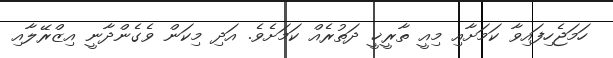
ހަމަޖެހިފައިވާ ކަމަށާއި މިއީ ތާރީޚީ ދަތުރެއް ކަމަށެވެ. އަދި މިކަން ވެގެންދާނީ އިޒްރޭލާއި